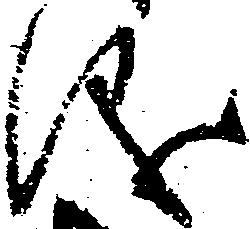
儀